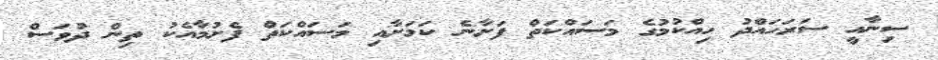
ސިނާއީ ސަރަހައްދު ހިއްކުމުގެ މަސައްކަތް ފަށާނެ ކަމަށާއި މަސައްކަތް ފެށުމާއެކު ތިން ދުވަސް